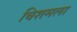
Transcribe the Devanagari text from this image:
चिशमला